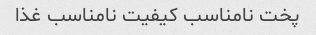
پخت نامناسب کیفیت نامناسب غذا